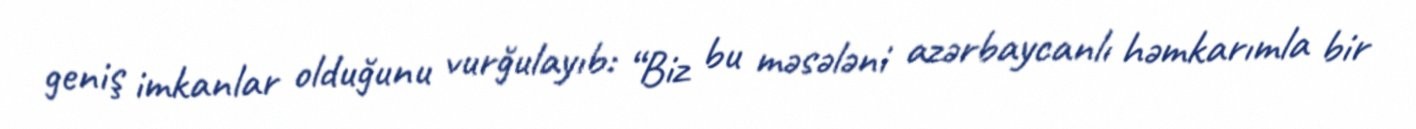
geniş imkanlar olduğunu vurğulayıb: “Biz bu məsələni azərbaycanlı həmkarımla bir